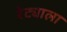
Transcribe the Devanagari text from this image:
रेट्याला